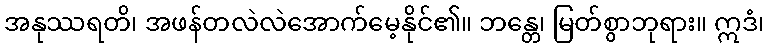
အနုဿရတိ၊ အဖန်တလဲလဲအောက်မေ့နိုင်၏။ ဘန္တေ၊ မြတ်စွာဘုရား။ ဣဒံ၊